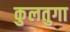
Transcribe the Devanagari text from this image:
कुलतुगा